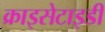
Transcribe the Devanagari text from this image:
क्राइसेटाइडी